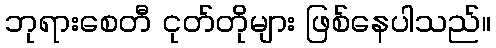
ဘုရားစေတီ ငုတ်တိုများ ဖြစ်နေပါသည်။